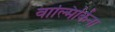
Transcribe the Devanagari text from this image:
वाल्मिकिंना